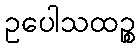
ဥပေါသထဉ္စ